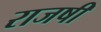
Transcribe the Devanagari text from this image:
राजषी